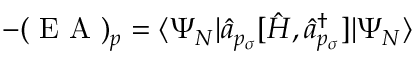
- ( \mathrm { ~ E ~ A ~ } ) _ { p } = \langle \Psi _ { N } | \hat { a } _ { p _ { \sigma } } [ \hat { H } , \hat { a } _ { p _ { \sigma } } ^ { \dagger } ] | \Psi _ { N } \rangle